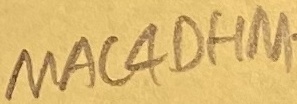
Text: MAC4OHM